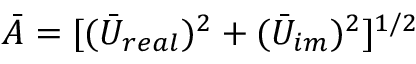
\bar { A } = [ ( \bar { U } _ { r e a l } ) ^ { 2 } + ( \bar { U } _ { i m } ) ^ { 2 } ] ^ { 1 / 2 }